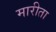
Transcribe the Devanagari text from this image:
मारीता